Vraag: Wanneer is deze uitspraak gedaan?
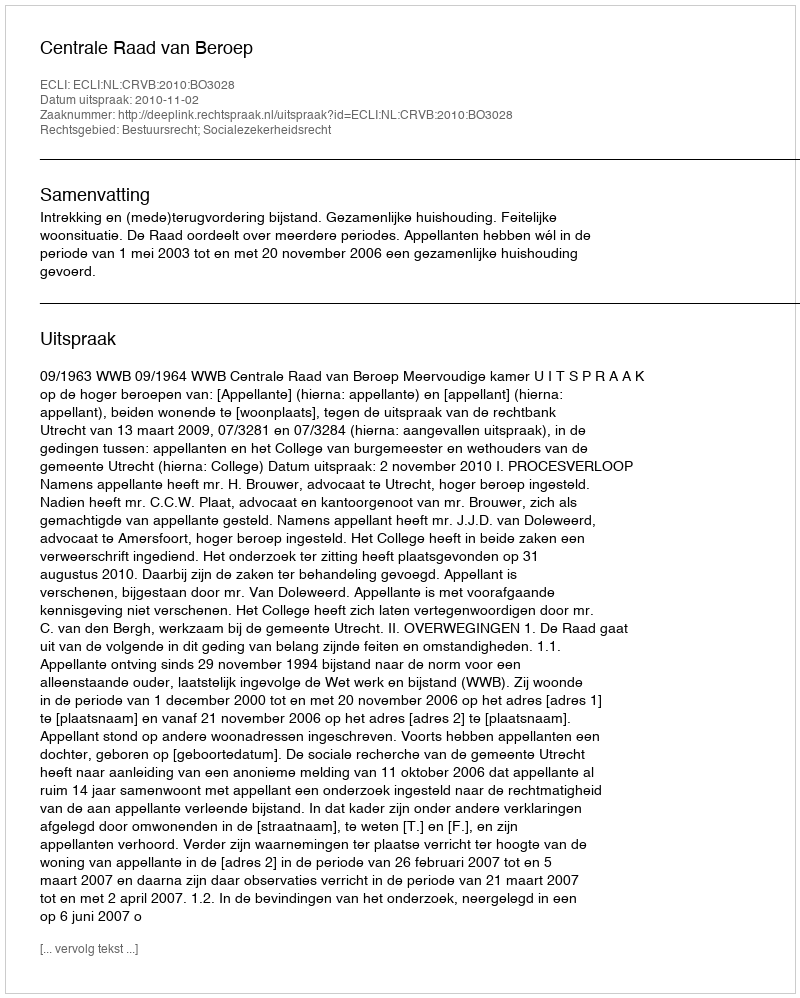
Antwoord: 2010-11-02